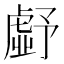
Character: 𮓪